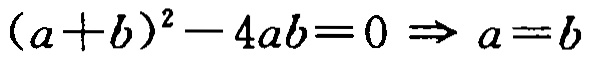
\((a + b)^2 - 4ab = 0 \Rightarrow a = b\)